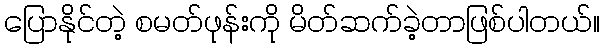
ပြောနိုင်တဲ့ စမတ်ဖုန်းကို မိတ်ဆက်ခဲ့တာဖြစ်ပါတယ်။